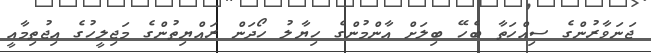
ޖަނަވާރުންގެ ސިއްހަތާ ބެހޭ ބިލަށް އާންމުންގެ ހިޔާލު ހޯދަން ރައްޔިތުންގެ މަޖިލީހުގެ އިޖުތިމާއީ